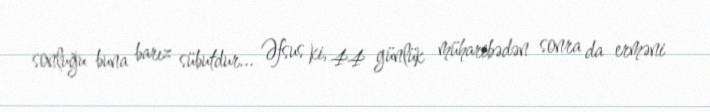
sonluğu buna barız sübutdur... Əfsus ki, 44 günlük müharibədən sonra da erməni